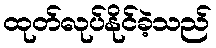
ထုတ်လုပ်နိုင်ခဲ့သည်